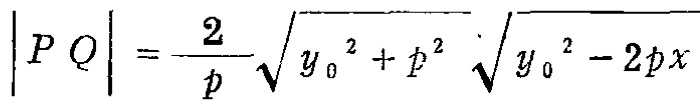
\(|PQ| = \frac{2}{p}\sqrt{y_{0}^{2}+p^{2}}\sqrt{y_{0}^{2}-2px}\)